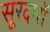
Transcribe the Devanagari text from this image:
सूरदारों